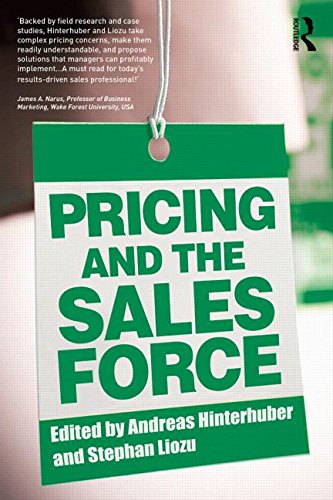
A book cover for Pricing and the Sales Force; Business & Money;